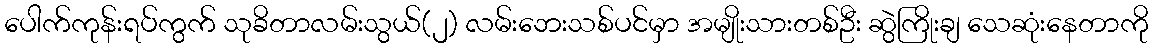
ပေါက်ကုန်းရပ်ကွက် သုခိတာလမ်းသွယ်(၂) လမ်းဘေးသစ်ပင်မှာ အမျိုးသားတစ်ဦး ဆွဲကြိုးချ သေဆုံးနေတာကို